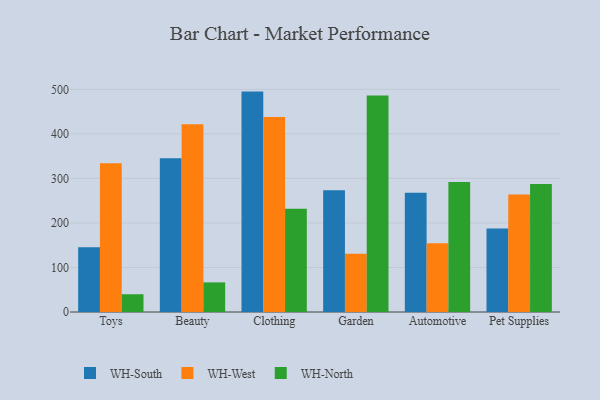
{"axis": {"x": "Category", "y": "Churn Rate (%)"}, "legend": ["WH-North", "WH-South", "WH-West"], "data": [{"x": "Toys", "y": 145.3, "type": "WH-South"}, {"x": "Toys", "y": 334.1, "type": "WH-West"}, {"x": "Toys", "y": 39.9, "type": "WH-North"}, {"x": "Beauty", "y": 345.1, "type": "WH-South"}, {"x": "Beauty", "y": 421.8, "type": "WH-West"}, {"x": "Beauty", "y": 66.5, "type": "WH-North"}, {"x": "Clothing", "y": 495.0, "type": "WH-South"}, {"x": "Clothing", "y": 437.8, "type": "WH-West"}, {"x": "Clothing", "y": 232.0, "type": "WH-North"}, {"x": "Garden", "y": 273.3, "type": "WH-South"}, {"x": "Garden", "y": 130.8, "type": "WH-West"}, {"x": "Garden", "y": 486.4, "type": "WH-North"}, {"x": "Automotive", "y": 267.9, "type": "WH-South"}, {"x": "Automotive", "y": 154.5, "type": "WH-West"}, {"x": "Automotive", "y": 291.7, "type": "WH-North"}, {"x": "Pet Supplies", "y": 187.7, "type": "WH-South"}, {"x": "Pet Supplies", "y": 263.9, "type": "WH-West"}, {"x": "Pet Supplies", "y": 287.2, "type": "WH-North"}]}